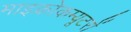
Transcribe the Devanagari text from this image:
माइक्रोकम्यूटरों